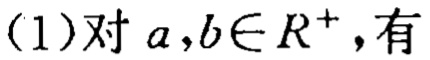
(1)对 \(a,b\in R^{+}\),有